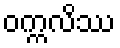
ဝက္ကလိဿ